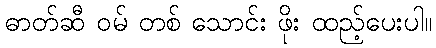
ဓာတ်ဆီ ဝမ် တစ် သောင်း ဖိုး ထည့်ပေးပါ။